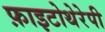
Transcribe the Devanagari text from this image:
फ़ाइटोथेरेपी